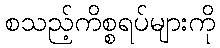
စသည့်ကိစ္စရပ်များကို